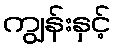
ကျွန်းနှင့်